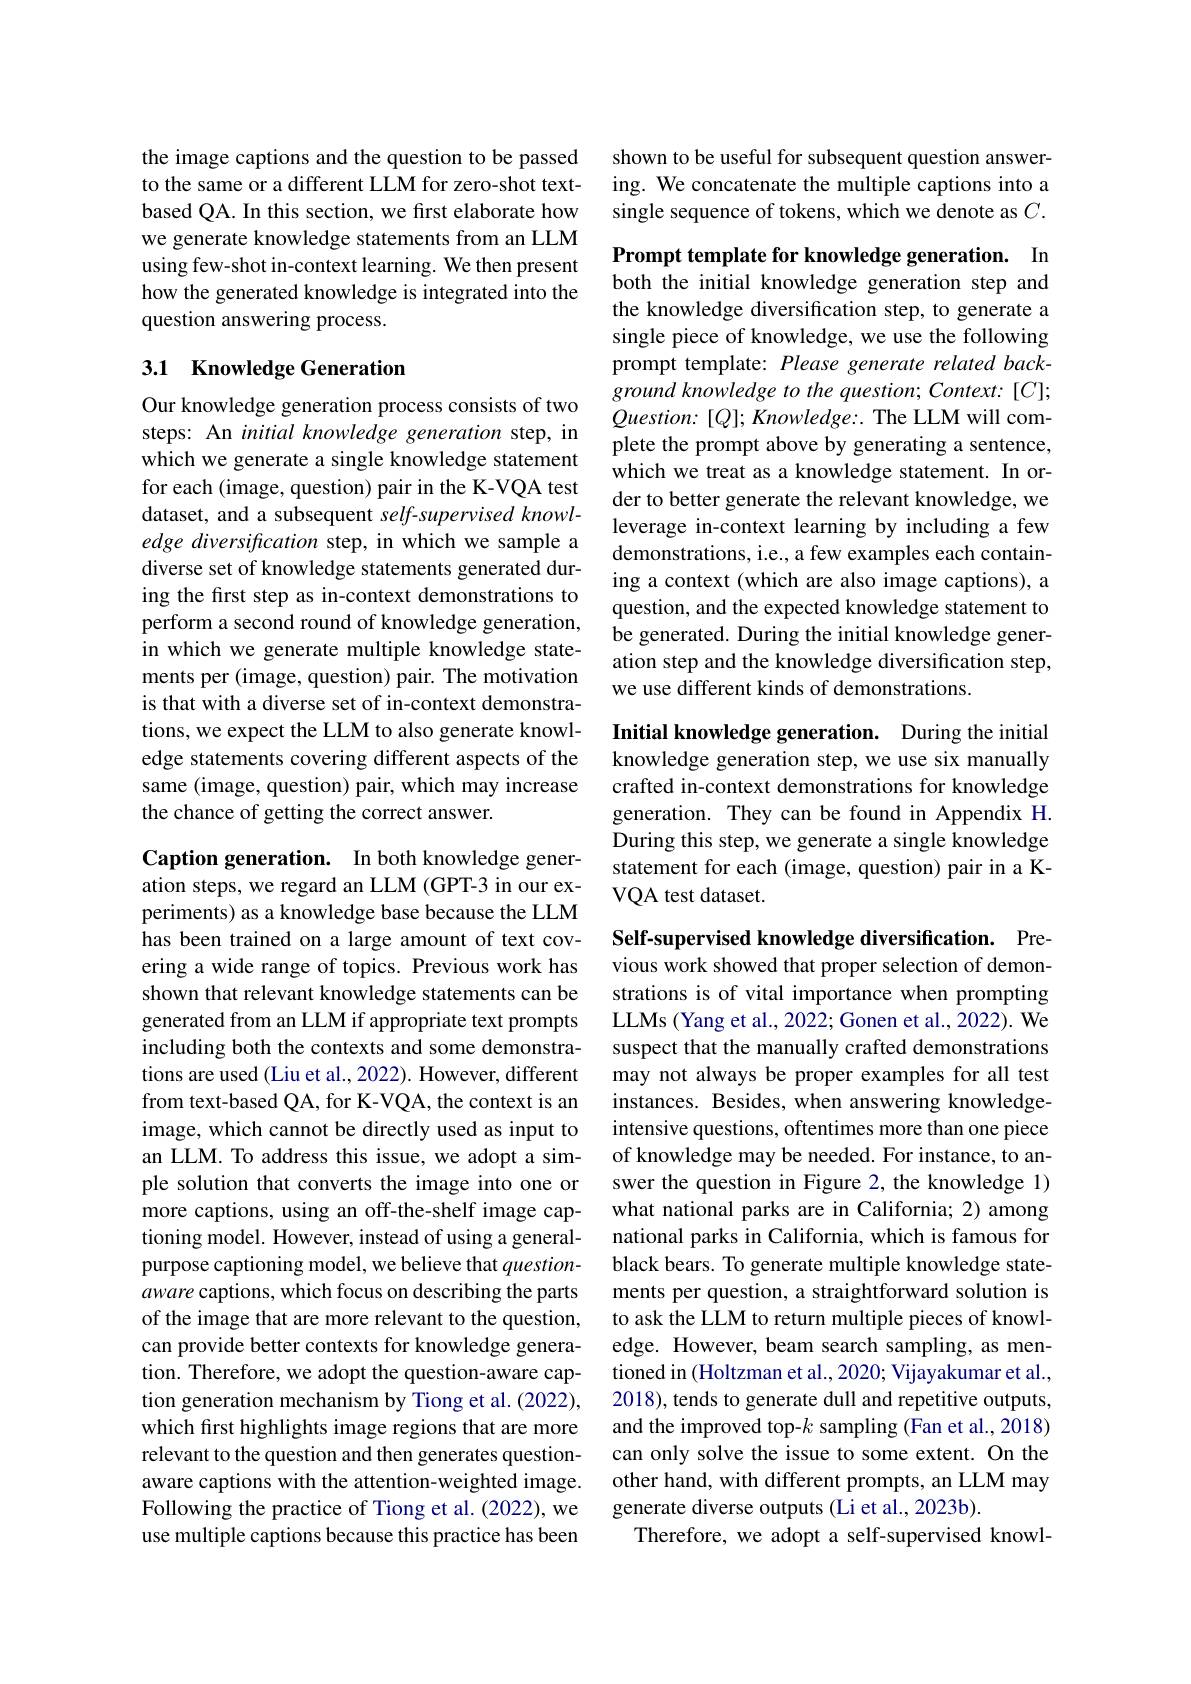
the image captions and the question to be passed to the same or a different LLM for zero-shot textbased QA. In this section, we first elaborate how we generate knowledge statements from an LLM using few-shot in-context learning. We then present how the generated knowledge is integrated into the question answering process.

## 3.1 Knowledge Generation

Our knowledge generation process consists of two steps: An initial knowledge generation step, in which we generate a single knowledge statement for each (image, question) pair in the K-VQA test dataset, and a subsequent self-supervised knowledge diversification step, in which we sample a diverse set of knowledge statements generated during the first step as in-context demonstrations to perform a second round of knowledge generation, in which we generate multiple knowledge statements per (image, question) pair. The motivation is that with a diverse set of in-context demonstrations, we expect the LLM to also generate knowledge statements covering different aspects of the same (image, question) pair, which may increase the chance of getting the correct answer.

Caption generation. In both knowledge generation steps, we regard an LLM (GPT-3 in our experiments) as a knowledge base because the LLM has been trained on a large amount of text covering a wide range of topics. Previous work has shown that relevant knowledge statements can be generated from an LLM if appropriate text prompts including both the contexts and some demonstrations are used (Liu et al., 2022). However, different from text-based QA, for K-VQA, the context is an image, which cannot be directly used as input to an LLM. To address this issue, we adopt a simple solution that converts the image into one or more captions, using an off-the-shelf image captioning model. However, instead of using a generalpurpose captioning model, we believe that questionaware captions, which focus on describing the parts of the image that are more relevant to the question, can provide better contexts for knowledge generation. Therefore, we adopt the question-aware caption generation mechanism by Tiong et al. (2022), which frst highlights image regions that are more relevant to the question and then generates questionaware captions with the attention-weighted image. Following the practice of Tiong et al. (2022), we use multiple captions because this practice has been

shown to be useful for subsequent question answering. We concatenate the multiple captions into a single sequence of tokens, which we denote as $C.$

Prompt template for knowledge generation. In both the initial knowledge generation step and the knowledge diversification step, to generate a single piece of knowledge, we use the following prompt template: Please generate related background knowledge to the question; Context: [C]; $Question:[Q];Knowledge:.$ The LLM will complete the prompt above by generating a sentence, which we treat as a knowledge statement. In order to better generate the relevant knowledge, we leverage in-context learning by including a few demonstrations, i.e., a few examples each containing a context (which are also image captions), a question, and the expected knowledge statement to be generated. During the initial knowledge generation step and the knowledge diversification step, we use different kinds of demonstrations.

Initial knowledge generation. During the initial knowledge generation step, we use six manually crafted in-context demonstrations for knowledge generation. They can be found in Appendix H. During this step, we generate a single knowledge statement for each (image, question) pair in a KVQA test dataset.

Self-supervised knowledge diversification. Previous work showed that proper selection of demonstrations is of vital importance when prompting LLMs (Yang et al., 2022; Gonen et al., 2022). We suspect that the manually crafted demonstrations may not always be proper examples for all test instances. Besides, when answering knowledgeintensive questions, oftentimes more than one piece of knowledge may be needed. For instance, to answer the question in Figure 2, the knowledge 1) what national parks are in California; 2) among national parks in California, which is famous for black bears. To generate multiple knowledge statements per question, a straightforward solution is to ask the LLM to return multiple pieces of knowledge. However, beam search sampling, as mentioned in (Holtzman et al., 2020; Vijayakumar et al., 2018), tends to generate dull and repetitive outputs, and the improved top-$k$ sampling (Fan et al., 2018) can only solve the issue to some extent. On the other hand, with different prompts, an LLM may generate diverse outputs (Li et al., 2023b).
Therefore, we adopt a self-supervised knowl-